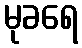
မုခရေ